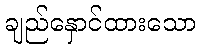
ချည်နှောင်ထားသော